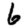
Digit: 6